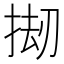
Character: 𫽅